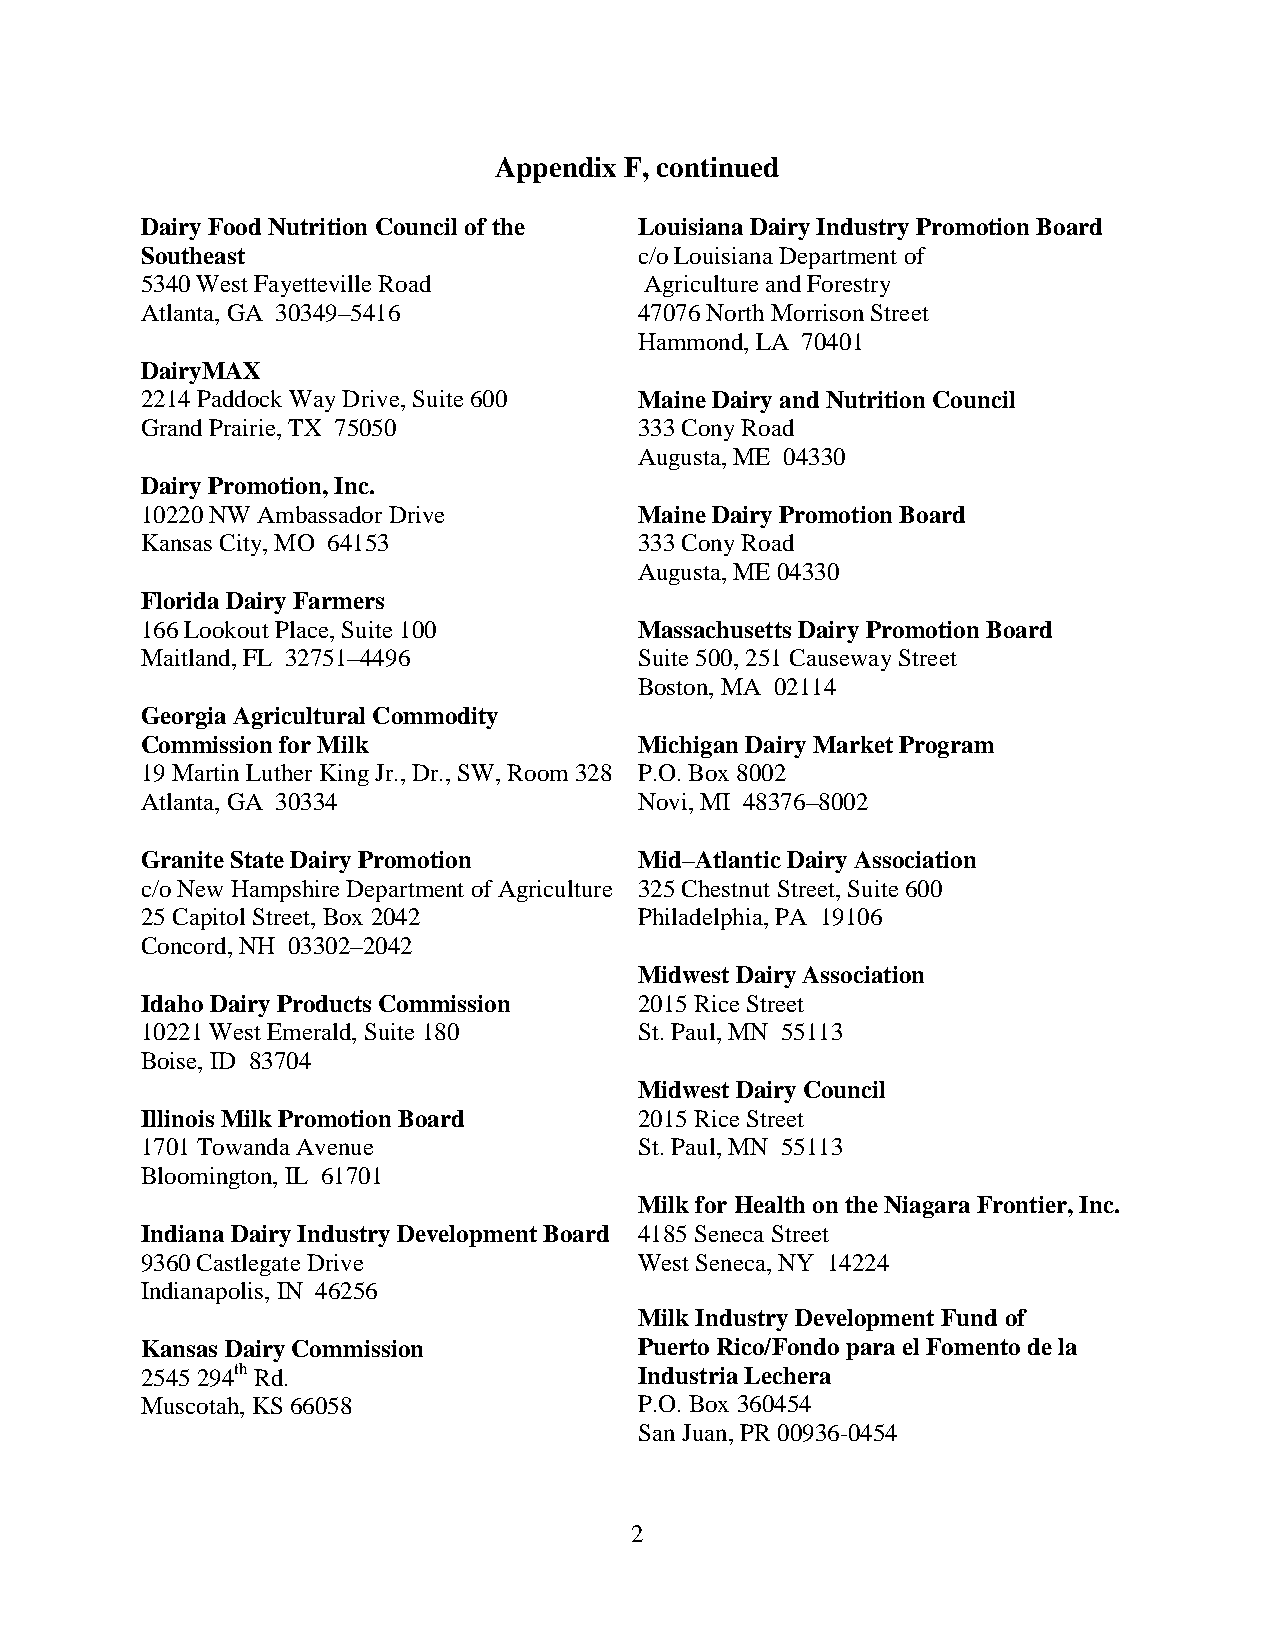
Appendix F, continued
 Dairy Food Nutrition Council of the Louisiana Dairy Industry Promotion Board
 Southeast                        c/o Louisiana Department of
 5340 West Fayetteville Road       Agriculture and Forestry
 Atlanta, GA 30349–5416           47076 North Morrison Street
 Hammond, LA 70401
 DairyMAX
 2214 Paddock Way Drive, Suite 600 Maine Dairy and Nutrition Council
 Grand Prairie, TX 75050          333 Cony Road
 Augusta, ME 04330
 Dairy Promotion, Inc.
 10220 NW Ambassador Drive        Maine Dairy Promotion Board
 Kansas City, MO 64153            333 Cony Road
 Augusta, ME 04330
 Florida Dairy Farmers
 166 Lookout Place, Suite 100     Massachusetts Dairy Promotion Board
 Maitland, FL 32751–4496          Suite 500, 251 Causeway Street
 Boston, MA 02114
 Georgia Agricultural Commodity
 Commission for Milk              Michigan Dairy Market Program
 19 Martin Luther King Jr., Dr., SW, Room 328 P.O. Box 8002
 Atlanta, GA 30334                Novi, MI 48376–8002
 Granite State Dairy Promotion    Mid–Atlantic Dairy Association
 c/o New Hampshire Department of Agriculture 325 Chestnut Street, Suite 600
 25 Capitol Street, Box 2042      Philadelphia, PA 19106
 Concord, NH 03302–2042
 Midwest Dairy Association
 Idaho Dairy Products Commission  2015 Rice Street
 10221 West Emerald, Suite 180    St. Paul, MN 55113
 Boise, ID 83704
 Midwest Dairy Council
 Illinois Milk Promotion Board    2015 Rice Street
 1701 Towanda Avenue              St. Paul, MN 55113
 Bloomington, IL 61701
 Milk for Health on the Niagara Frontier, Inc.
 Indiana Dairy Industry Development Board 4185 Seneca Street
 9360 Castlegate Drive            West Seneca, NY 14224
 Indianapolis, IN 46256
 Milk Industry Development Fund of
 Kansas Dairy Commission          Puerto Rico/Fondo para el Fomento de la
 2545 294th Rd.                   Industria Lechera
 Muscotah, KS 66058               P.O. Box 360454
 San Juan, PR 00936-0454
 2